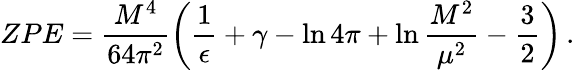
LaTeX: ZPE=\frac{M^{4}}{64\pi^{2}}\left(\frac{1}{\epsilon}+\gamma-\ln 4\pi+\ln\frac{M^{2}}{\mu^{2}}-\frac{3}{2}\right)\, .